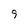
Character: 9